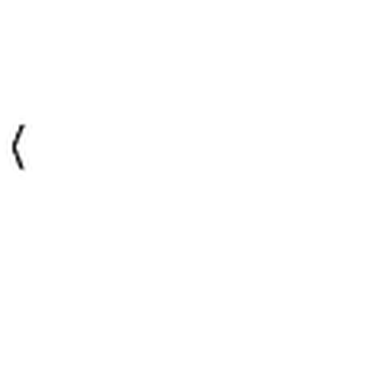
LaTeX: \langle \,